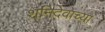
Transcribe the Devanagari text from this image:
शनिदेवाच्या